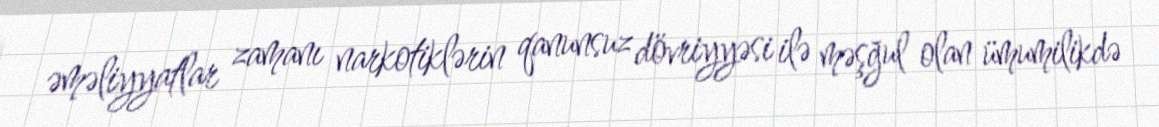
əməliyyatlar zamanı narkotiklərin qanunsuz dövriyyəsi ilə məşğul olan ümumilikdə